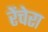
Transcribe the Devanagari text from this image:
रेंचेरा